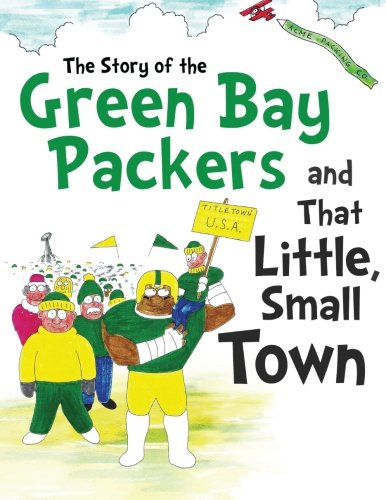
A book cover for The Story of the Green Bay Packers And That Little, Small Town; Daniel Hellman; Children's Books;